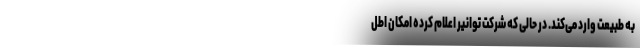
به طبیعت وارد می‌کند. در حالی که شرکت توانیر اعلام کرده امکان اطل